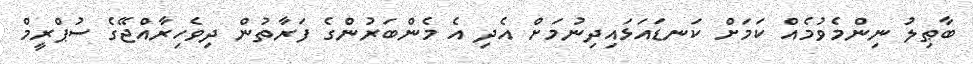
ބާޠިލު ނިންމެވުމެއް ކަމަށް ކަނޑައަޅައިދިނުމަށް އެދި އެ މެންބަރުންގެ ފަރާތުން ދިވެހިރާއްޖޭގެ ސުޕްރީމް